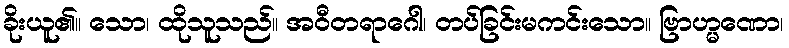
ခိုးယူ၏။ သော၊ ထိုသူသည်။ အဝီတရာဂေါ၊ တပ်ခြင်းမကင်းသော။ ဗြာဟ္မဏော၊